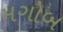
મગોબ